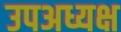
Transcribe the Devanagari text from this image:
उपअध्यक्ष